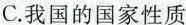
C.我国的国家性质